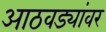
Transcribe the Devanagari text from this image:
आठवड्यांवर